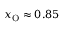
x _ { \mathrm { O } } \approx 0 . 8 5